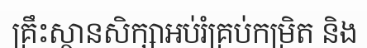
គ្រឹះស្ថានសិក្សាអប់រំគ្រប់កម្រិត និង